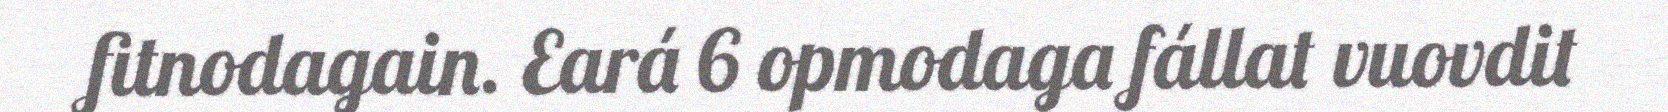
fitnodagain. Eará 6 opmodaga fállat vuovdit